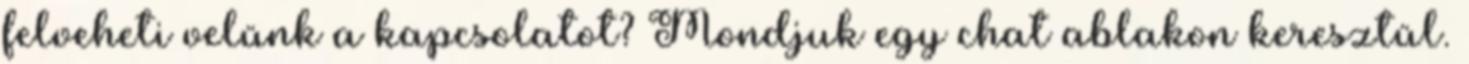
felveheti velünk a kapcsolatot? Mondjuk egy chat ablakon keresztül.